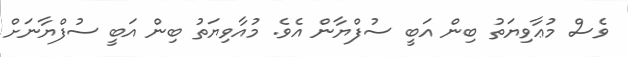
ވެސް މުޢާވިޔަތު ބިން އަބީ ސުފްޔާން އެވެ. މުއާވިޔަތު ބިން އަބީ ސުފްޔާނަށް